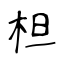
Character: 柦